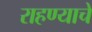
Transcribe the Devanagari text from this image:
राहण्याचें